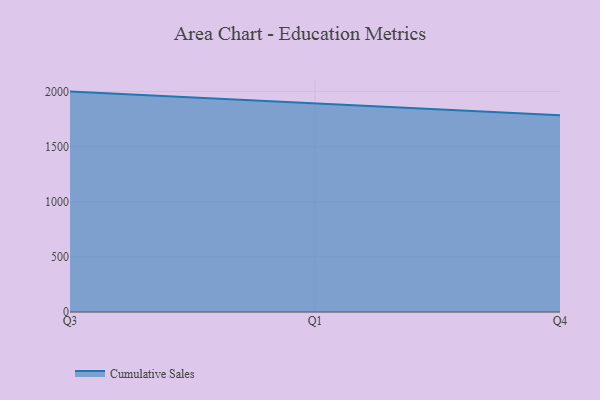
{"axis": {"x": "Quarter", "y": "Tickets Resolved"}, "legend": ["Cumulative Sales"], "data": [{"x": "Q3", "y": 2000.2, "type": "Cumulative Sales"}, {"x": "Q1", "y": 1891.9, "type": "Cumulative Sales"}, {"x": "Q4", "y": 1785.9, "type": "Cumulative Sales"}]}